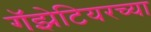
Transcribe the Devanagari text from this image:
गॅझेटियरच्या